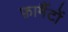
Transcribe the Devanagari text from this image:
फ़ार्मैटों